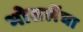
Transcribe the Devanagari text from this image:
भोसलेंचा